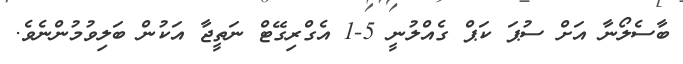
ބާސެލޯނާ އަށް ސުޕަ ކަޕް ގެއްލުނީ 5-1 އެގްރިގޭޓް ނަތީޖާ އަކުން ބަލިވުމުންނެވެ.